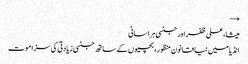
→
میشا، علی ظفر اور جنسی ہراسانی
انڈیا میں نیا قانون منظور، بچیوں کے ساتھ جنسی زیادتی کی سزا موت